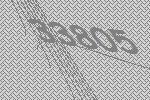
33805